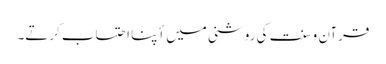
قرآن و سنت کی روشنی میں أپنا احتساب کرتے۔